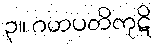
၃။ ဂဟပတိကုဋိ